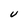
Character: U